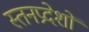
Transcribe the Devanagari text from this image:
स्तनप्रदेशों